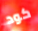
كود